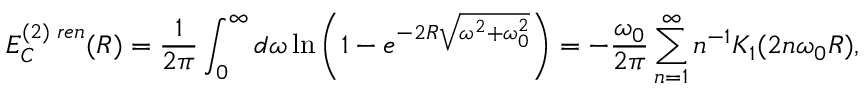
E _ { C } ^ { ( 2 ) \; r e n } ( R ) = \frac { 1 } { 2 \pi } \int _ { 0 } ^ { \infty } d \omega \ln \left( 1 - e ^ { - 2 R \sqrt { \omega ^ { 2 } + \omega _ { 0 } ^ { 2 } } } \right) = - \frac { \omega _ { 0 } } { 2 \pi } \sum _ { n = 1 } ^ { \infty } n ^ { - 1 } K _ { 1 } ( 2 n \omega _ { 0 } R ) ,